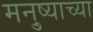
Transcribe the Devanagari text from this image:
मनु्ष्याच्या